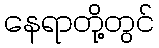
နေရာတို့တွင်